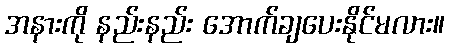
အနားကို နည်းနည်း အောက်ချပေးနိုင်မလား။